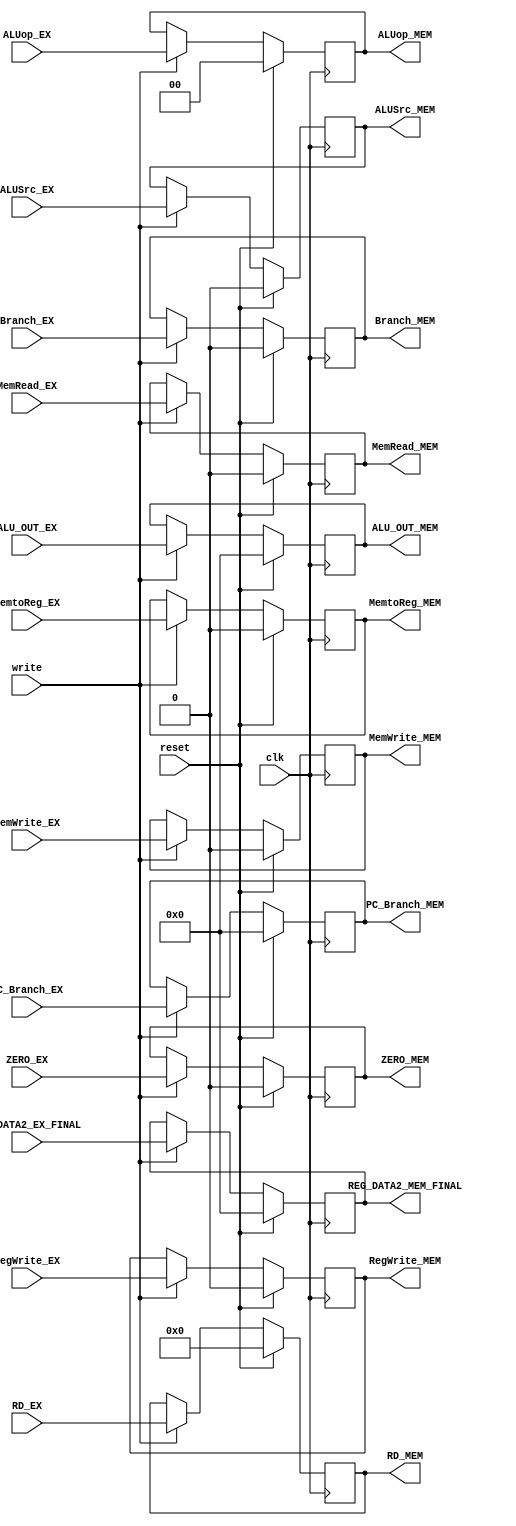
`timescale 1ns / 1ps

/// THIRD STAGE OF THE PIPELINE EX->MEM

module STAGE_3_EX_MEM #(
    parameter WIDTH = 32,
    parameter LEN_REG = 5,
    parameter LEN_OP = 2)
(
    input clk,
    input reset,
    input write, // Write enable signal == 1

    // Inputs from EX Stage
    input ZERO_EX,
    input [WIDTH-1:0] ALU_OUT_EX,
    input [WIDTH-1:0] PC_Branch_EX,
    input [WIDTH-1:0] REG_DATA2_EX_FINAL,
    input [LEN_REG-1:0] RD_EX,

    // Control signals from EX stage
    input RegWrite_EX,
    input MemtoReg_EX,
    input MemRead_EX,
    input MemWrite_EX,
    input [LEN_OP-1:0] ALUop_EX,
    input ALUSrc_EX,
    input Branch_EX,

    // Outputs to MEM Stage
    output reg ZERO_MEM,
    output reg [WIDTH-1:0] ALU_OUT_MEM,
    output reg [WIDTH-1:0] PC_Branch_MEM,
    output reg [WIDTH-1:0] REG_DATA2_MEM_FINAL,
    output reg [LEN_REG-1:0] RD_MEM,

    // Control signals to MEM stage
    output reg RegWrite_MEM,
    output reg MemtoReg_MEM,
    output reg MemRead_MEM,
    output reg MemWrite_MEM,
    output reg [LEN_OP-1:0] ALUop_MEM,
    output reg ALUSrc_MEM,
    output reg Branch_MEM
);

    always @(posedge clk) begin
        if (reset) begin
            // On reset, all outputs are set to default values
            ZERO_MEM <= 1'b0;
            ALU_OUT_MEM <= 32'b0;
            PC_Branch_MEM <= 32'b0;
            REG_DATA2_MEM_FINAL <= 32'b0;
            RD_MEM <= 5'b00000;

            // Reset control signals
            RegWrite_MEM <= 1'b0;
            MemtoReg_MEM <= 1'b0;
            MemRead_MEM <= 1'b0;
            MemWrite_MEM <= 1'b0;
            ALUop_MEM <= 2'b00;
            ALUSrc_MEM <= 1'b0;
            Branch_MEM <= 1'b0;
        end else if (write) begin
            // Transfer signals from EX to MEM stage
            ZERO_MEM <= ZERO_EX;
            ALU_OUT_MEM <= ALU_OUT_EX;
            PC_Branch_MEM <= PC_Branch_EX;
            REG_DATA2_MEM_FINAL <= REG_DATA2_EX_FINAL;
            RD_MEM <= RD_EX;

            // Transfer control signals
            RegWrite_MEM <= RegWrite_EX;
            MemtoReg_MEM <= MemtoReg_EX;
            MemRead_MEM <= MemRead_EX;
            MemWrite_MEM <= MemWrite_EX;
            ALUop_MEM <= ALUop_EX;
            ALUSrc_MEM <= ALUSrc_EX;
            Branch_MEM <= Branch_EX;
        end
    end

endmodule